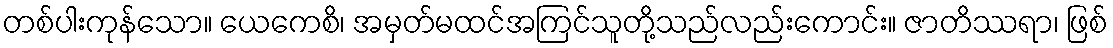
တစ်ပါးကုန်သော။ ယေကေစိ၊ အမှတ်မထင်အကြင်သူတို့သည်လည်းကောင်း။ ဇာတိဿရာ၊ ဖြစ်